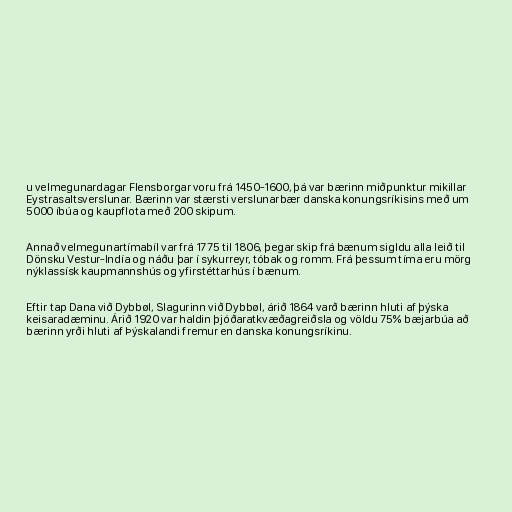
u velmegunardagar Flensborgar voru frá 1450-1600, þá var bærinn miðpunktur mikillar
Eystrasaltsverslunar. Bærinn var stærsti verslunarbær danska konungsríkisins með um
5000 íbúa og kaupflota með 200 skipum.

Annað velmegunartímabíl var frá 1775 til 1806, þegar skip frá bænum sigldu alla leið til
Dönsku Vestur-Indía og náðu þar í sykurreyr, tóbak og romm. Frá þessum tíma eru mörg
nýklassísk kaupmannshús og yfirstéttarhús í bænum.

Eftir tap Dana við Dybbøl, Slagurinn við Dybbøl, árið 1864 varð bærinn hluti af þýska
keisaradæminu. Árið 1920 var haldin þjóðaratkvæðagreiðsla og völdu 75% bæjarbúa að
bærinn yrði hluti af Þýskalandi fremur en danska konungsríkinu.